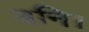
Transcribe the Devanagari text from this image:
बनि।